Scientific memoirs by medical officers of the Army of India - Part IV,
Year: 1889
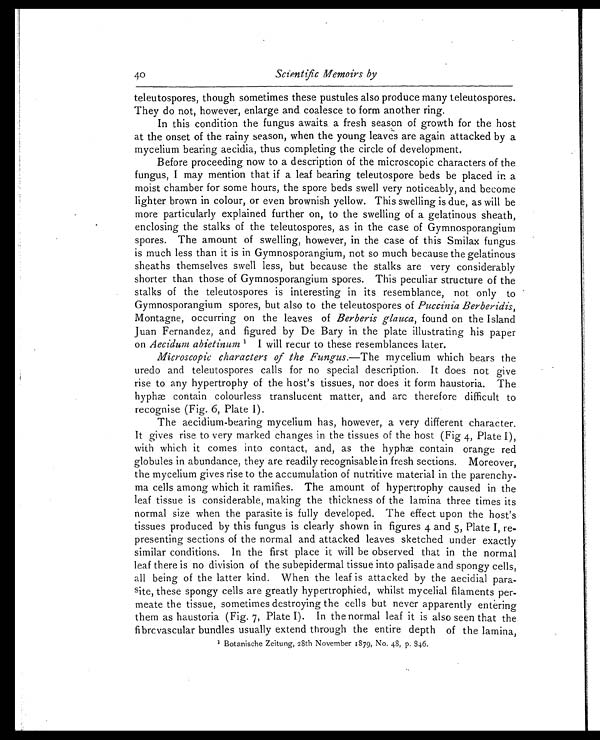
40
Scientific Memoirs by
teleutospores, though sometimes these pustules also produce many teleutospores.
They do not, however, enlarge and coalesce to form another ring.
In this condition the fungus awaits a fresh season of growth for the host
at the onset of the rainy season, when the young leaves are again attacked by a
mycelium bearing aecidia, thus completing the circle of development.
Before proceeding now to a description of the microscopic characters of the
fungus, I may mention that if a leaf bearing teleutospore beds be placed in a
moist chamber for some hours, the spore beds swell very noticeably, and become
lighter brown in colour, or even brownish yellow. This swelling is due, as will be
more particularly explained further on, to the swelling of a gelatinous sheath,
enclosing the stalks of the teleutospores, as in the case of Gymnosporangium
spores. The amount of swelling, however, in the case of this Smilax fungus
is much less than it is in Gymnosporangium, not so much because the gelatinous
sheaths themselves swell less, but because the stalks are very considerably
shorter than those of Gymnosporangium spores. This peculiar structure of the
stalks of the teleutospores is interesting in its resemblance, not only to
Gymnosporangium spores, but also to the teleutospores of Puccinia Berberidis,
Montagne, occurring on the leaves of Berberis glauca, found on the Island
Juan Fernandez, and figured by De Bary in the plate illustrating his paper
on Aecidum abietinum 1 I will recur to these resemblances later.
Microscopic characters of the Fungus.— The mycelium which bears the
uredo and teleutospores calls for no special description. It does not give
rise to any hypertrophy of the host's tissues, nor does it form haustoria. The
hyphæ contain colourless translucent matter, and are therefore difficult to
recognise (Fig. 6, Plate I).
The aecidium-bearing mycelium has, however, a very different character.
It gives rise to very marked changes in the tissues of the host (Fig 4, Plate I),
with which it comes into contact, and, as the hyphae contain orange red
globules in abundance, they are readily recognisable in fresh sections. Moreover,
the mycelium gives rise to the accumulation of nutritive material in the parenchy
-
ma cells among which it ramifies. The amount of hypertrophy caused in the
leaf tissue is considerable, making the thickness of the lamina three times its
normal size when the parasite is fully developed. The effect upon the host's
tissues produced by this fungus is clearly shown in figures 4 and 5, Plate I, re
-
presenting sections of the normal and attacked leaves sketched under exactly
similar conditions. In the first place it will be observed that in the normal
leaf there is no division of the subepidermal tissue into palisade and spongy cells,
all being of the latter kind. When the leaf is attacked by the aecidial para
-
site, these spongy cells are greatly hypertrophied, whilst mycelial filaments per
-
meate the tissue, sometimes destroying the cells but never apparently entering
them as haustoria (Fig. 7, Plate I). In the normal leaf it is also seen that the
fibrcvascular bundles usually extend through the entire depth of the lamina,
1 B o t a n i s c h e Z e i t u n g , 2 8 t h N o v e m b e r 1 8 7 9 , N o . 4 8 , p . 8 4 6 .